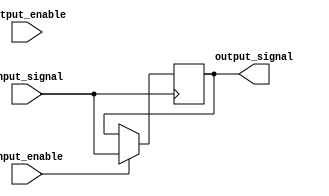
module io_buffer (
    input input_signal,               // External input signal
    output reg output_signal,         // Output signal driven by buffer
    input input_enable,               // Input enable signal
    input output_enable               // Output enable signal
);

always @(posedge input_signal) begin
    if (input_enable) begin
        output_signal <= input_signal;
    end
end

endmodule